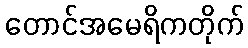
တောင်အမေရိကတိုက်